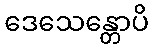
ဒေသေန္တောပိ